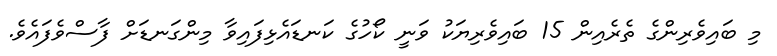
މި ބައިވެރިންގެ ތެރެއިން 15 ބައިވެރިޔަކު ވަނީ ކޯހުގެ ކަނޑައެޅިފައިވާ މިންގަނޑަށް ފާސްވެފައެވެ.